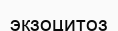
экзоцитоз